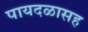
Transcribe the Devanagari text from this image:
पायदळासह